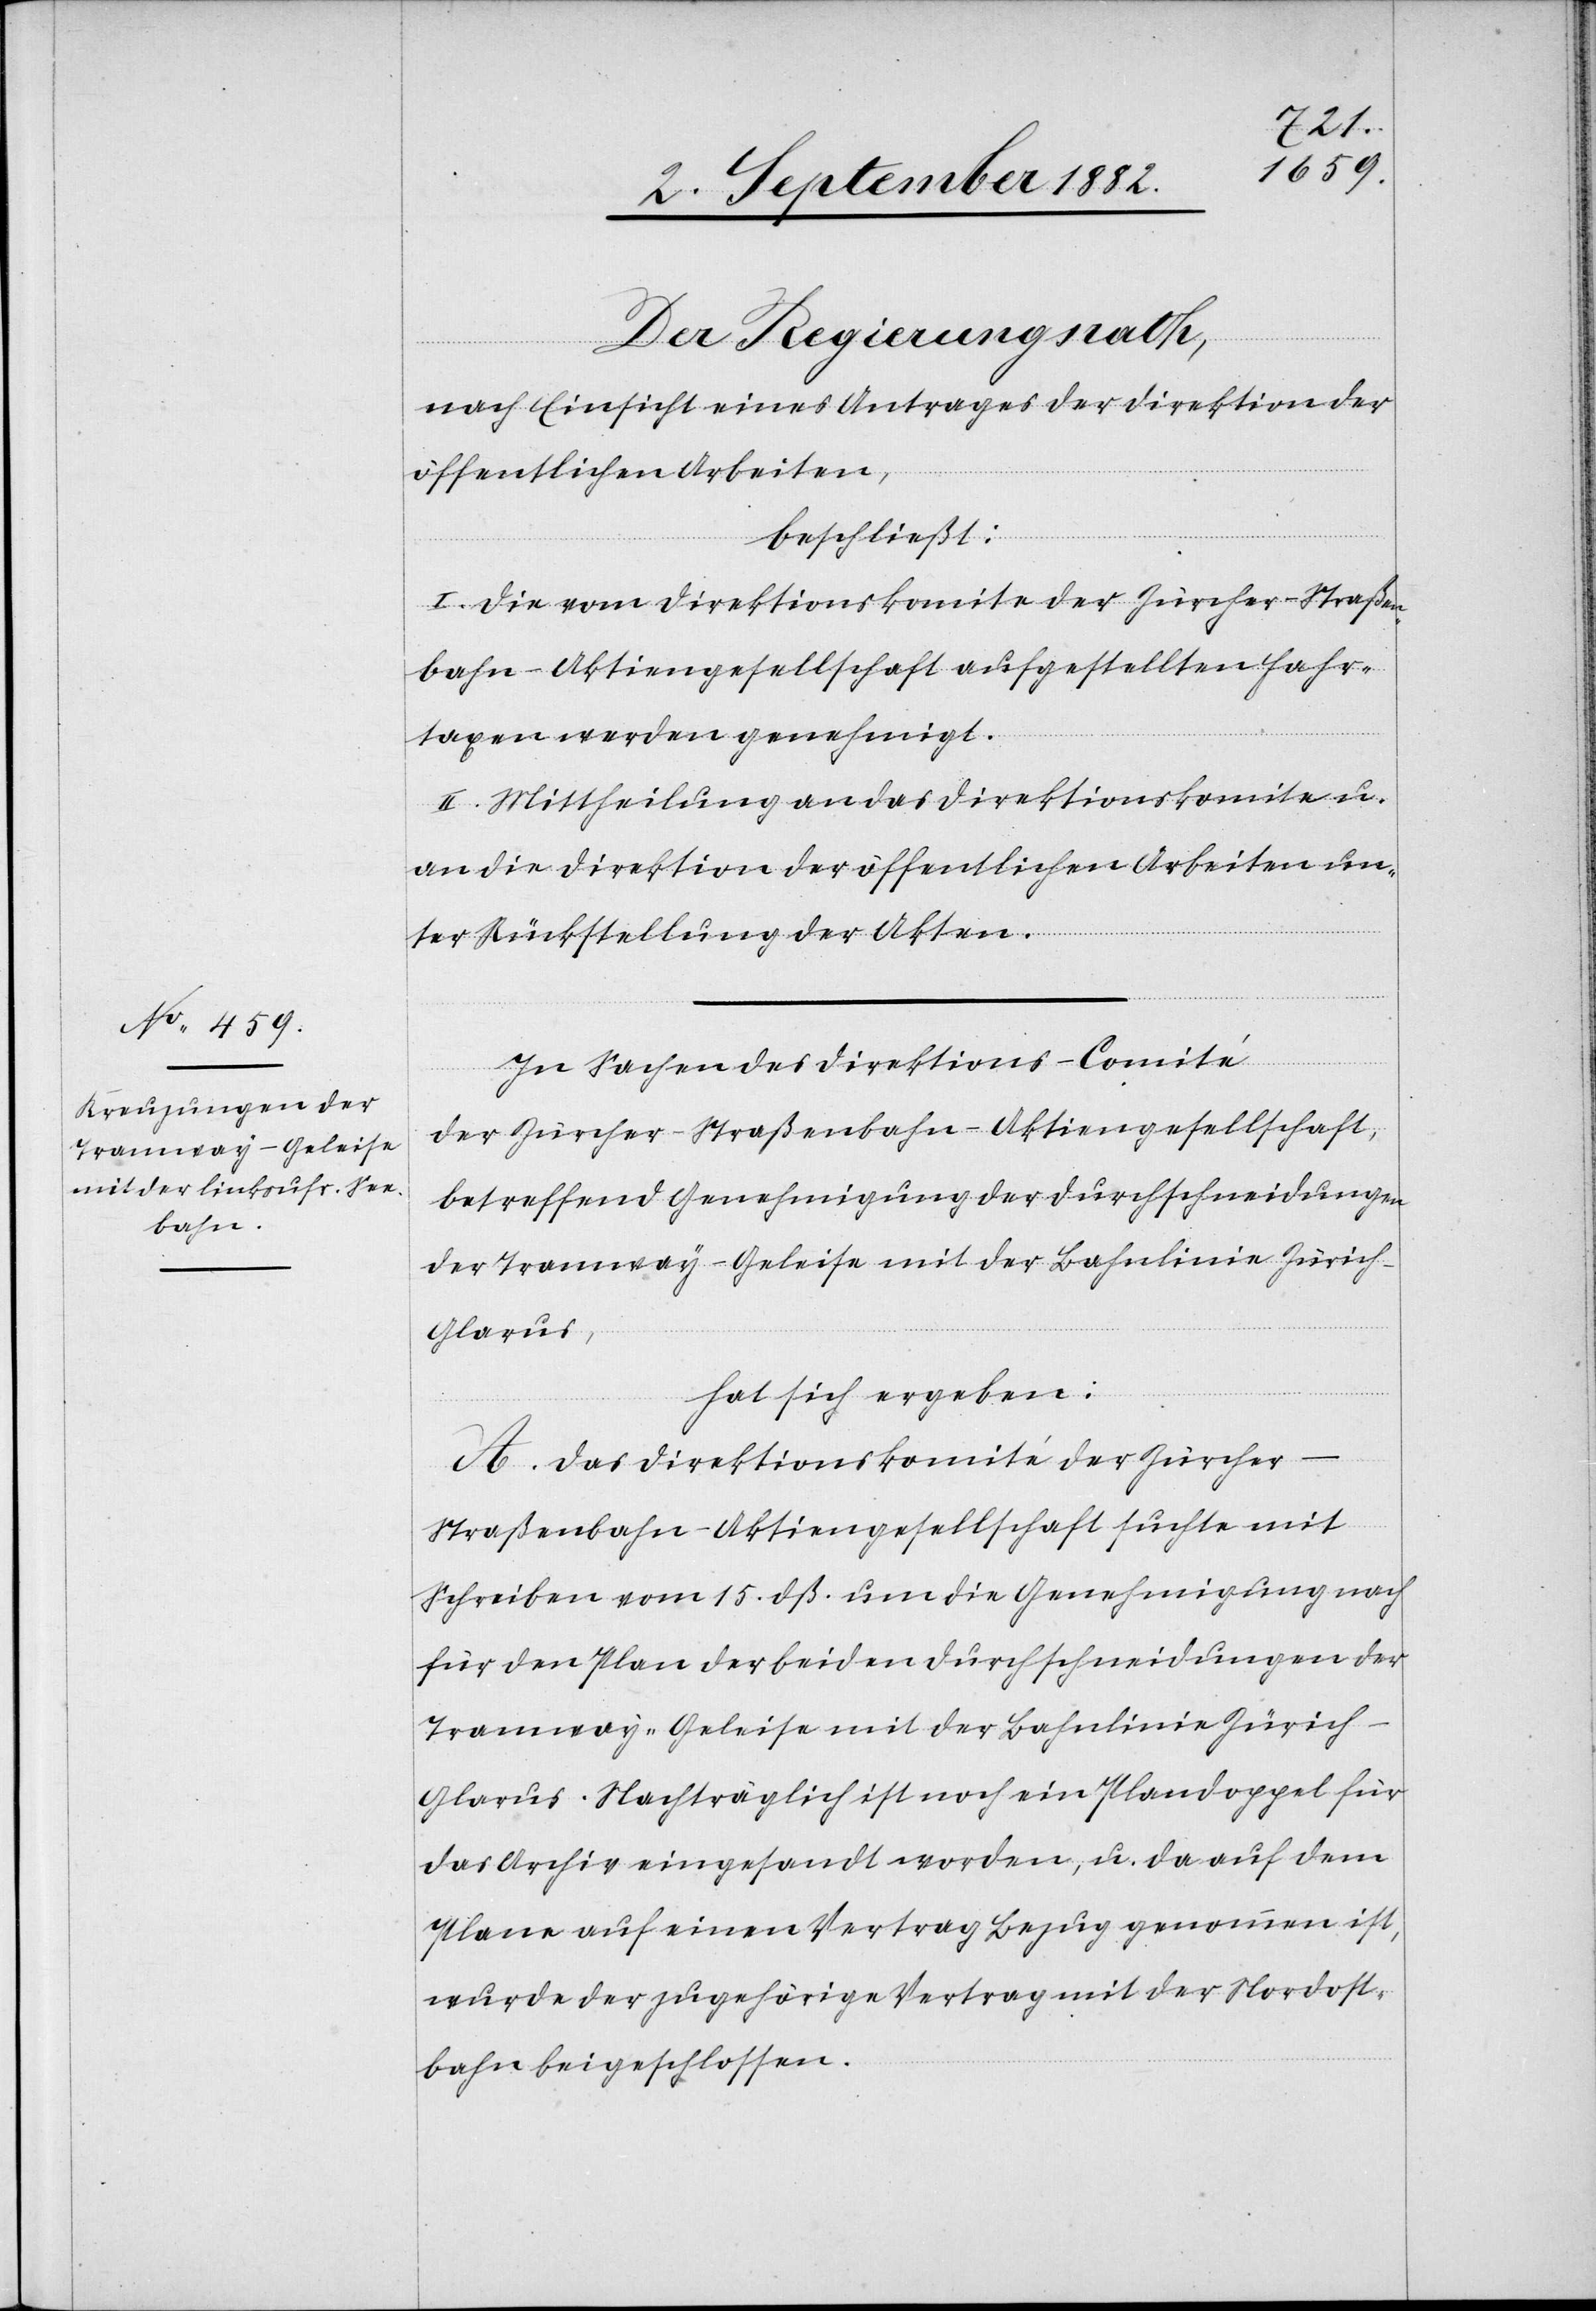
Der Regierungsrath,
nach Einsicht eines Antrages der Direktion der
öffentlichen Arbeiten,
beschließt:
I. Die vom Direktionskomite der Zürcher-Straßen¬
bahn-Aktiengesellschaft aufgestellten Fahr¬
taxen werden genehmigt.
II. Mittheilung an das Direktionskomite u.
an die Direktion der öffentlichen Arbeiten un¬
ter Rückstellung der Akten.
In Sachen des Direktions-Comité
der Zürcher-Straßenbahn-Aktiengesellschaft,
betreffend Genehmigung der Durchschneidungen
der Tramway-Geleise mit der Bahnlinie Zürich–G¬
larus,
hat sich ergeben:
A. Das Direktionskomité der Zürche¬
r-Straßenbahn-Aktiengesellschaft suchte mit
Schreiben vom 15. dß. um die Genehmigung nach
für den Plan der beiden Durchschneidungen der
Tramway-Geleise mit der Bahnlinie Zürich–G¬
larus. Nachträglich ist noch ein Plandoppel für
das Archiv eingesandt worden, da auf dem
Plane auf einen Vertrag Bezug genommen ist,
wurde der zugehörige Vertrag mit der Nordost¬
bahn beigeschlossen.